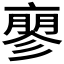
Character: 𬽚